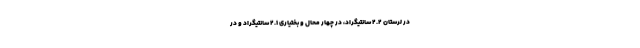
در لرستان ۲.۲ سانتیگراد، در چهار محال و بختیاری ۲.۱ سانتیگراد و در